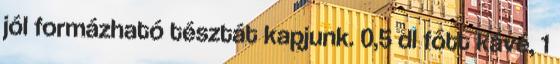
jól formázható tésztát kapjunk. 0,5 dl főtt kávé, 1